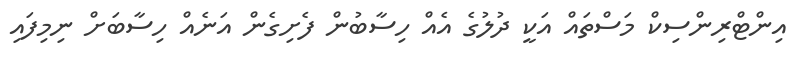
އިންޓްރިންސިކް މަސްތައް އަކީ ދުލުގެ އެއް ހިސާބުން ފެށިގެން އަނެއް ހިސާބަށް ނިމިފައި